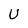
Character: u